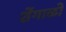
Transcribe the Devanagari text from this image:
शेंगाळो